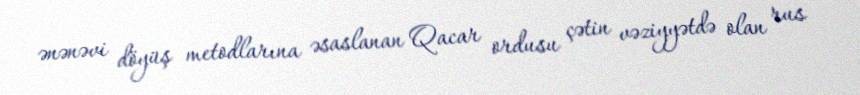
ənənəvi döyüş metodlarına əsaslanan Qacar ordusu çətin vəziyyətdə olan rus